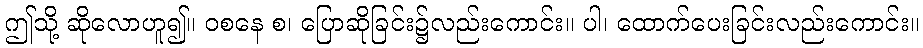
ဤသို့ ဆိုလောဟူ၍။ ဝစနေ စ၊ ပြောဆိုခြင်း၌လည်းကောင်း။ ပါ၊ ထောက်ပေးခြင်းလည်းကောင်း။